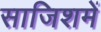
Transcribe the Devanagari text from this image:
साजिशमें